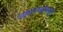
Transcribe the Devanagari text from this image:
अल्लारखांकडून